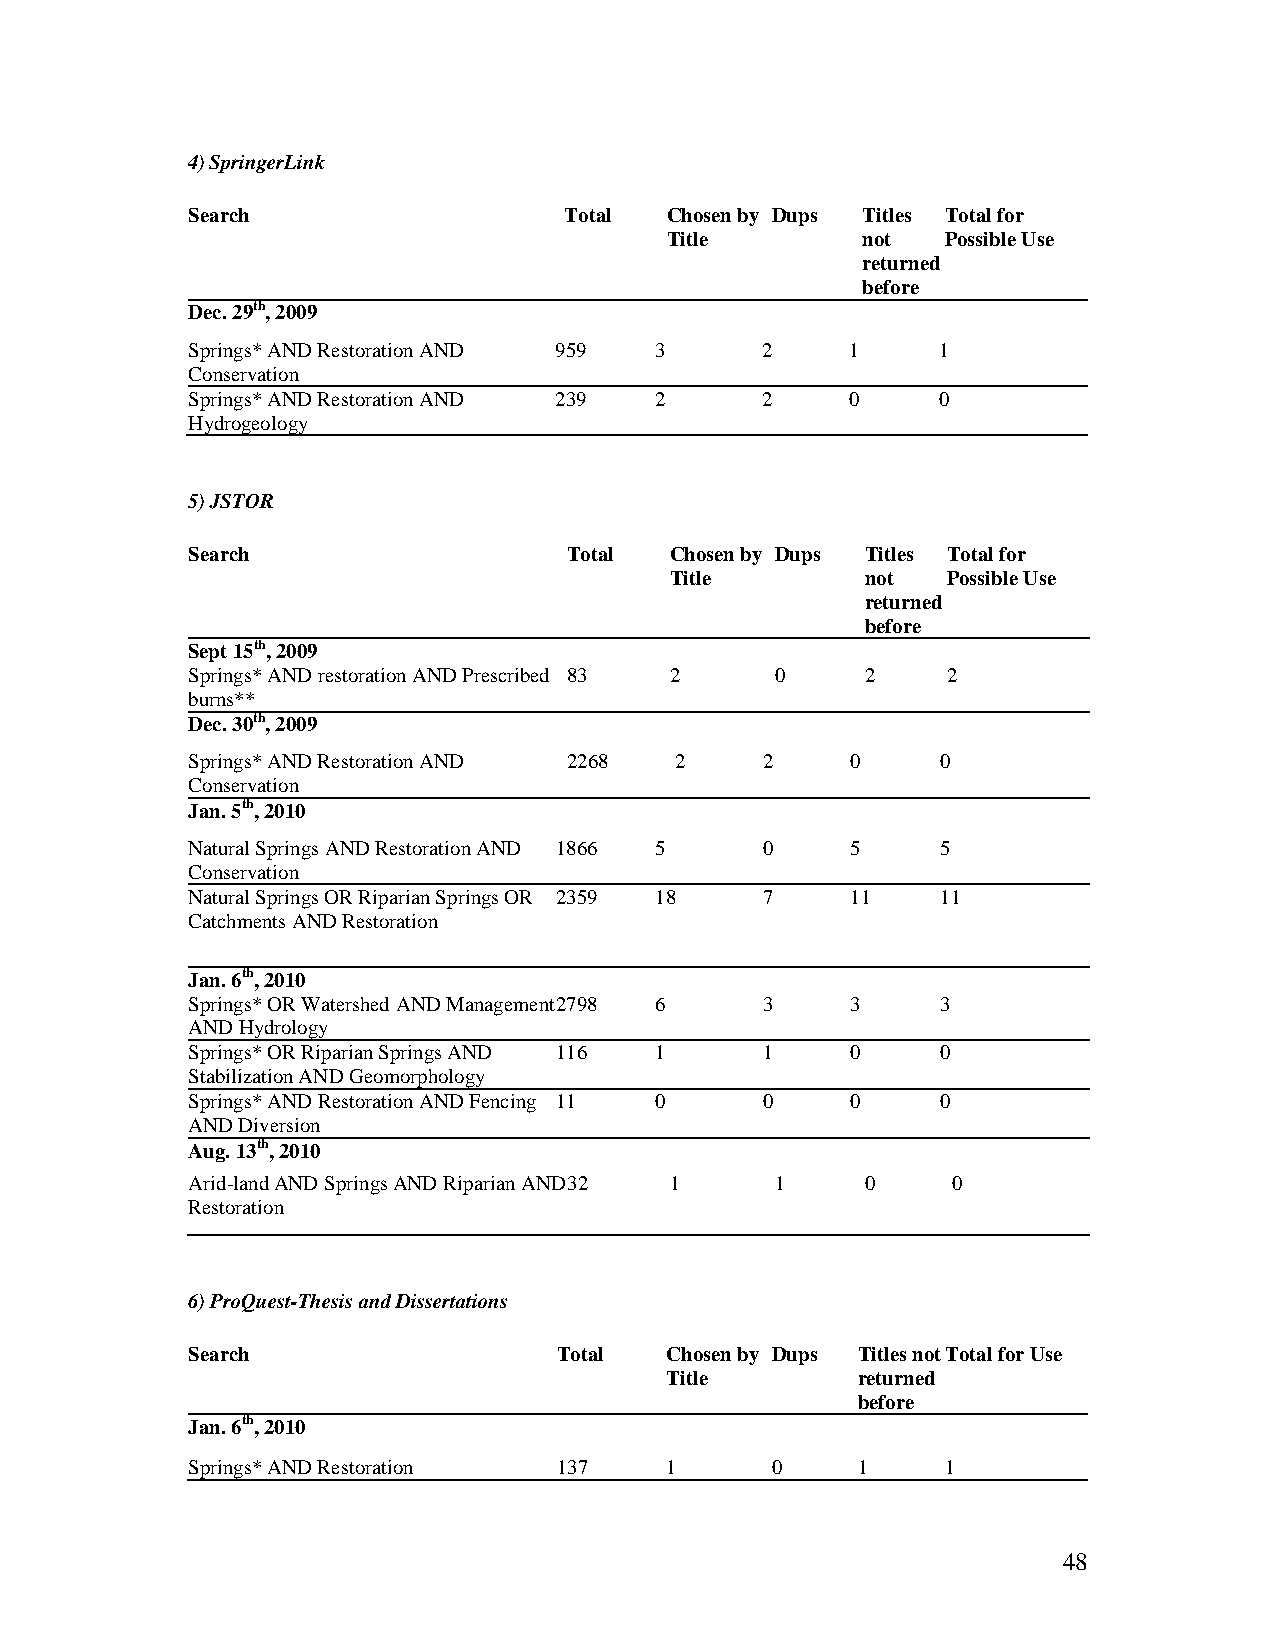
4) SpringerLink
 Search                   Total  Chosen by Dups Titles Total for
 Title        not   Possible Use
 returned
 before
 Dec. 29th, 2009
 Springs* AND Restoration AND 959 3    2     1     1
 Conservation
 Springs* AND Restoration AND 239 2    2     0     0
 Hydrogeology
 5) JSTOR
 Search                    Total Chosen by Dups Titles Total for
 Title        not   Possible Use
 returned
 before
 Sept 15th, 2009
 Springs* AND restoration AND Prescribed 83 2 0 2   2
 burns**
 Dec. 30th, 2009
 Springs* AND Restoration AND 2268 2   2     0     0
 Conservation
 Jan. 5th, 2010
 Natural Springs AND Restoration AND 1866 5 0 5    5
 Conservation
 Natural Springs OR Riparian Springs OR 2359 18 7 11 11
 Catchments AND Restoration
 Jan. 6th, 2010
 Springs* OR Watershed AND Management 2798 6 3 3   3
 AND Hydrology
 Springs* OR Riparian Springs AND 116 1 1    0     0
 Stabilization AND Geomorphology
 Springs* AND Restoration AND Fencing 11 0 0 0     0
 AND Diversion
 Aug. 13th, 2010
 Arid-land AND Springs AND Riparian AND 32 1 1 0    0
 Restoration
 6) ProQuest-Thesis and Dissertations
 Search                   Total  Chosen by Dups Titles not Total for Use
 Title        returned
 before
 Jan. 6th, 2010
 Springs* AND Restoration 137    1      0     1     1
 48